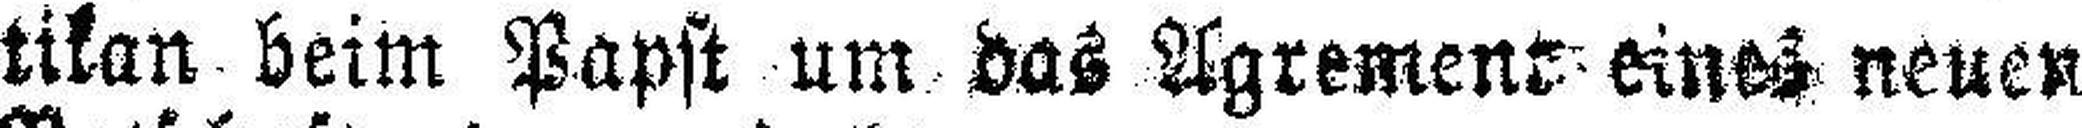
tikan beim Papst um das Agrement eines neuen